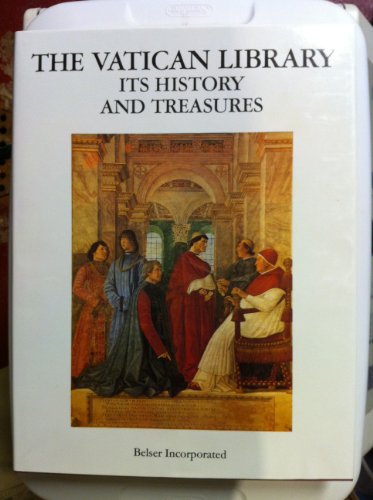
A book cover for The Vatican Library: Its History and Treasures; Alphonso M. Cardinal Stickler; Arts & Photography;